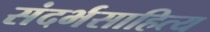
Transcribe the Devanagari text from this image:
संदर्भसाहित्य